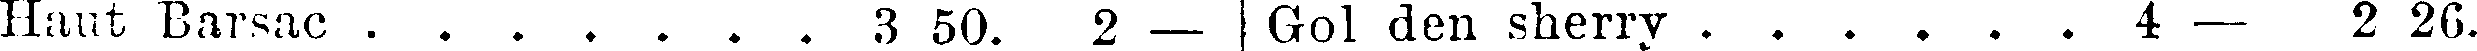
Haut Barsac . . . . . . . 3 50. 2 — Gol den sherry . . . . . 4 — 2 26.